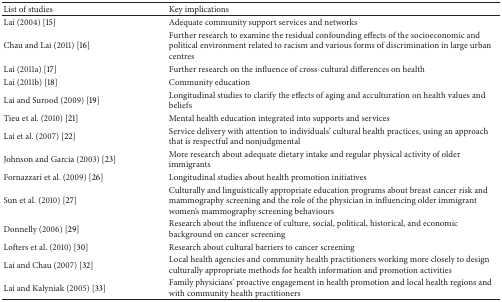
<table><thead><tr><td><b>List of studies</b></td><td><b>Key implications</b></td></tr></thead><tbody><tr><td>Lai (2004) [15]</td><td>Adequate community support services and networks</td></tr><tr><td>Chau and Lai (2011) [16] </td><td>Further research to examine the residual confounding effects of the socioeconomic and political environment related to racism and various forms of discrimination in large urban centres </td></tr><tr><td>Lai (2011a) [17]</td><td>Further research on the influence of cross-cultural differences on health</td></tr><tr><td>Lai (2011b) [18]</td><td>Community education</td></tr><tr><td>Lai and Surood (2009) [19]</td><td>Longitudinal studies to clarify the effects of aging and acculturation on health values and beliefs</td></tr><tr><td>Tieu et al. (2010) [21]</td><td>Mental health education integrated into supports and services </td></tr><tr><td>Lai et al. (2007) [22]</td><td>Service delivery with attention to individuals&#x27; cultural health practices, using an approach that is respectful and nonjudgmental</td></tr><tr><td>Johnson and Garcia (2003) [23]</td><td>More research about adequate dietary intake and regular physical activity of older immigrants</td></tr><tr><td>Fornazzari et al. (2009) [26]</td><td>Longitudinal studies about health promotion initiatives</td></tr><tr><td>Sun et al. (2010) [27]</td><td>Culturally and linguistically appropriate education programs about breast cancer risk and mammography screening and the role of the physician in influencing older immigrant women&#x27;s mammography screening behaviours</td></tr><tr><td>Donnelly (2006) [29]</td><td>Research about the influence of culture, social, political, historical, and economic background on cancer screening</td></tr><tr><td>Lofters et al. (2010) [30]</td><td>Research about cultural barriers to cancer screening </td></tr><tr><td>Lai and Chau (2007) [32]</td><td>Local health agencies and community health practitioners working more closely to design culturally appropriate methods for health information and promotion activities</td></tr><tr><td>Lai and Kalyniak (2005) [33]</td><td>Family physicians&#x27; proactive engagement in health promotion and local health regions and with community health practitioners </td></tr></tbody></table>